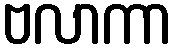
ဗလာကာ